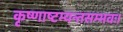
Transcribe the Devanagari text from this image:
कृष्णाष्टम्यन्तसम्भवः।